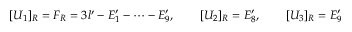
[ U _ { 1 } ] _ { R } = F _ { R } = 3 l ^ { \prime } - E _ { 1 } ^ { \prime } - \dots - E _ { 9 } ^ { \prime } , \qquad [ U _ { 2 } ] _ { R } = E _ { 8 } ^ { \prime } , \qquad [ U _ { 3 } ] _ { R } = E _ { 9 } ^ { \prime }